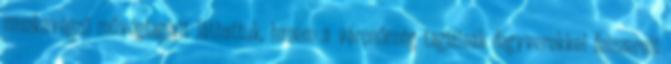
munkavégző művégtagjait láthattuk, hanem a városőrség tagjainak fegyverekkel felszerelt